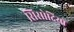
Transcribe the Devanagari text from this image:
सिसोदियो